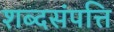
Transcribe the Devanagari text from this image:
शब्दसंपत्ति